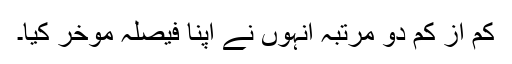
کم از کم دو مرتبہ انہوں نے اپنا فیصلہ موخر کیا۔